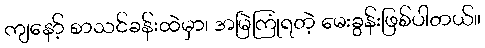
ကျနော့် စာသင်ခန်းထဲမှာ၊ အမြဲကြုံရတဲ့ မေးခွန်းဖြစ်ပါတယ်။